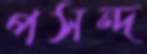
পসন্দ